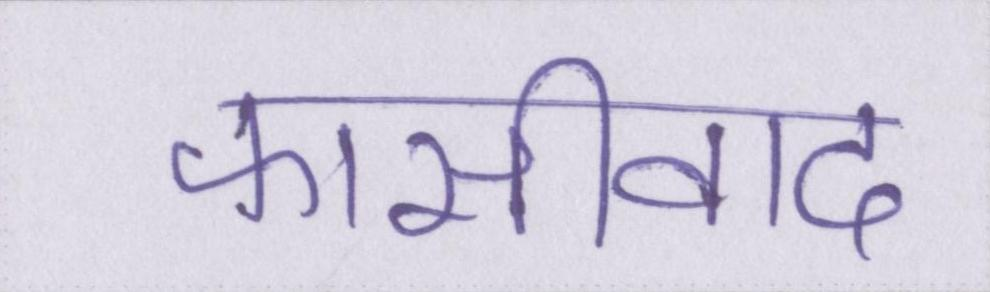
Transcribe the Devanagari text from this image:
फासीवाद